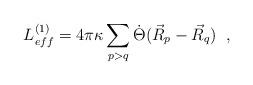
LaTeX: \begin{align*} L^{(1)}_{eff}=4\pi\kappa\sum_{p>q}\dot{\Theta}(\vec{R}_{p}-\vec{R}_{q})\;\;,\end{align*}